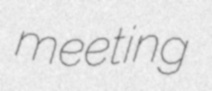
meeting